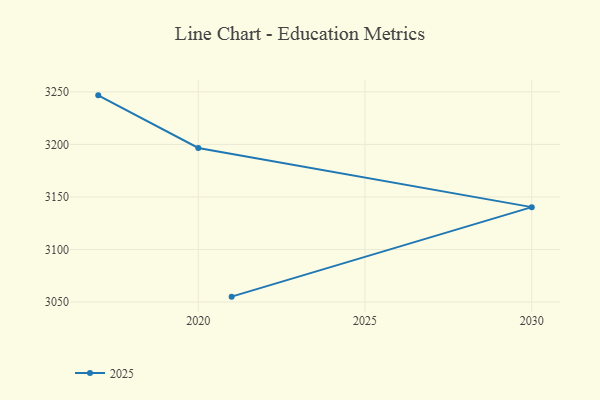
{"axis": {"x": "Year", "y": "Gross Profit (USD K)"}, "legend": ["2025"], "data": [{"x": "2021", "y": 3055.1, "type": "2025"}, {"x": "2030", "y": 3140.3, "type": "2025"}, {"x": "2020", "y": 3196.6, "type": "2025"}, {"x": "2017", "y": 3246.7, "type": "2025"}]}